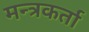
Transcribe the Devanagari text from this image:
मन्त्रकर्ता